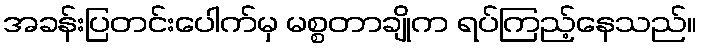
အခန်းပြတင်းပေါက်မှ မစ္စတာချိုက ရပ်ကြည့်နေသည်။